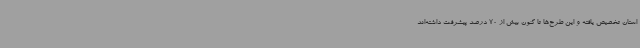
استان تخصیص یافته و این طرح‌ها تا کنون بیش از 70 درصد پیشرفت داشته‌اند